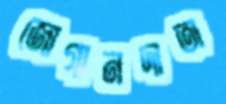
জোগানদাতা